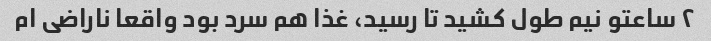
۲‌ ساعتو نیم‌ طول کشید تا رسید، غذا هم سرد بود واقعا ناراضی ام